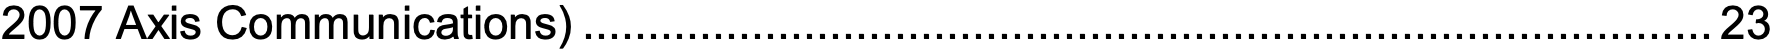
2007 Axis Communications).......................................................................................23